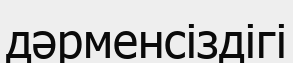
дәрменсіздігі